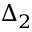
\Delta _ { 2 }